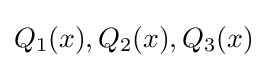
Q_{1}(x),Q_{2}(x),Q_{3}(x)